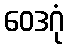
ဝေဒဂုံ